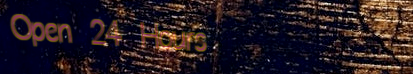
Open 24 Hours